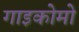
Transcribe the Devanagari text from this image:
गाइकोमो